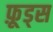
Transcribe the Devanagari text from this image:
फ़ूड्स